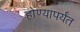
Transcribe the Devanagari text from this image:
होण्यापर्यंत